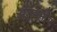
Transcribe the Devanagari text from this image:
अशमनीय